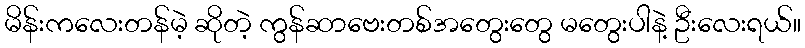
မိန်းကလေးတန်မဲ့ ဆိုတဲ့ ကွန်ဆာဗေးတစ်အတွေးတွေ မတွေးပါနဲ့ ဦးလေးရယ်။